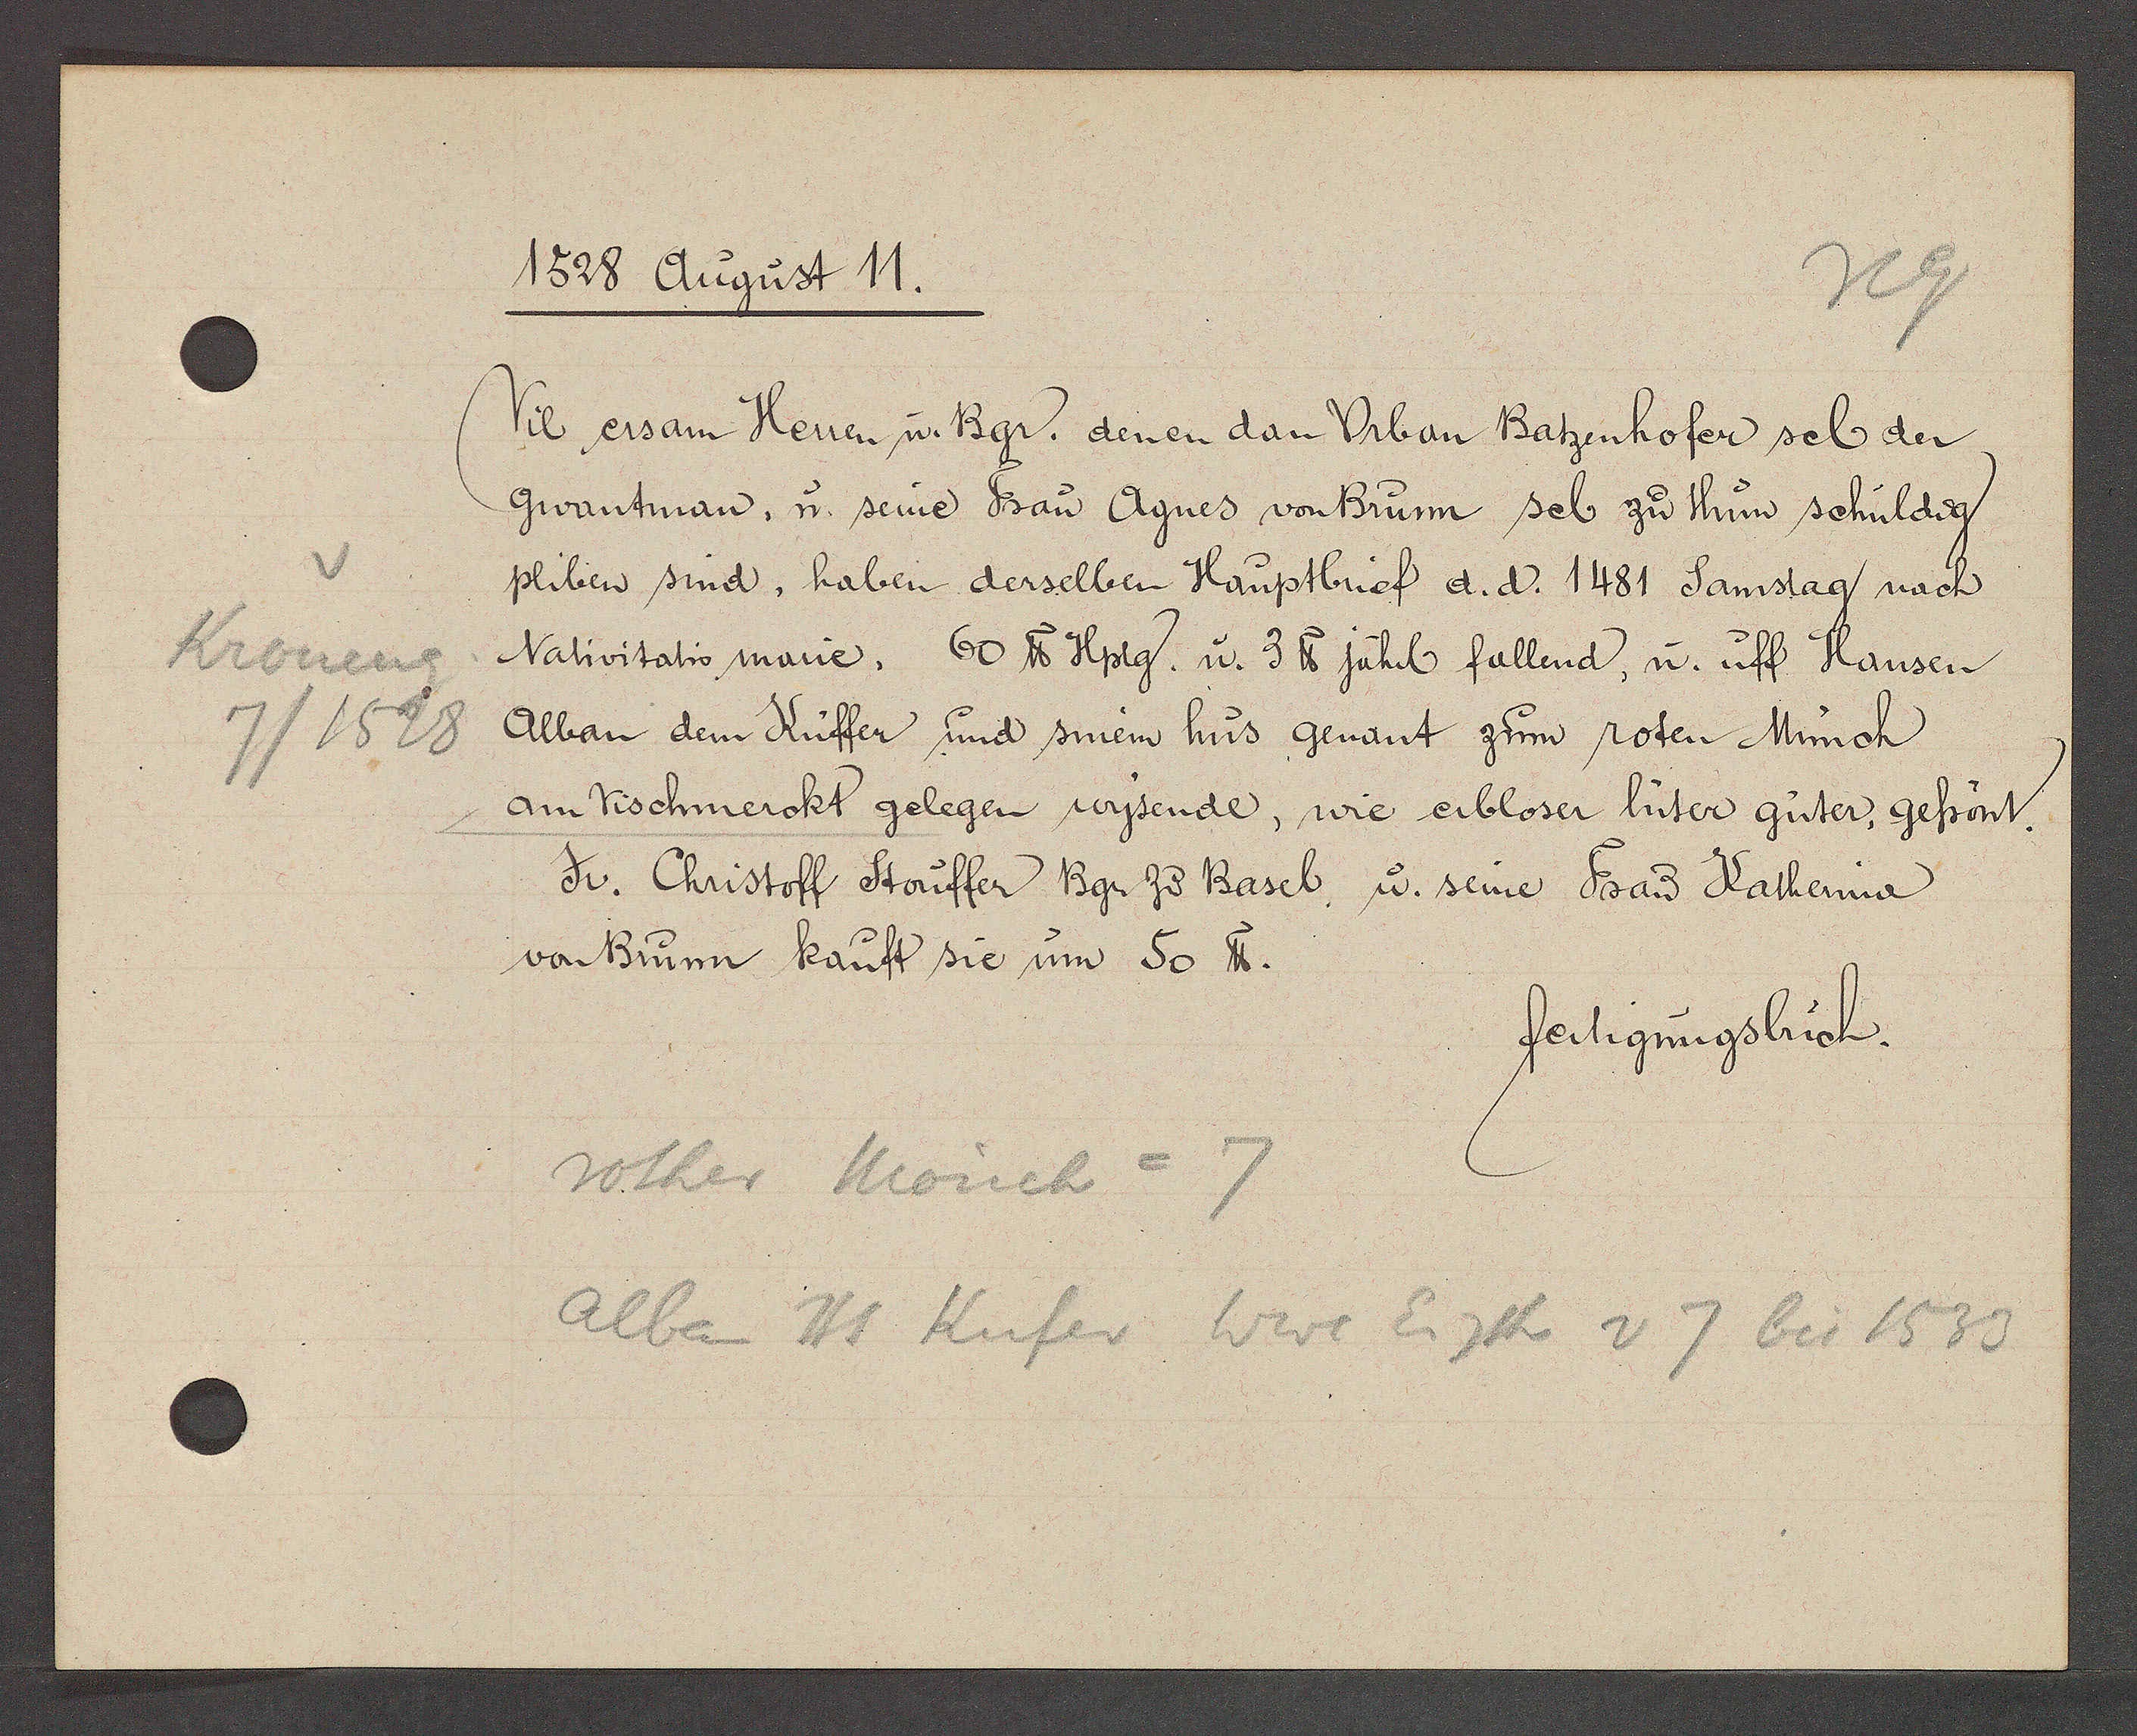
Transcript:
Kroneng
7/1528

1528 August 11.

Vil ersam Herren u. Bgr. denen dan Urban Batzenhofer sel der
Gwantman, u. seine Frau Agnes von Brunn sel. zu thun schuldig
pliben sind, haben derselben Hauptbrief d. d. 1481 Samstag nach
Nativitatio marie, 60 ℔ Hptg. u. 3 ℔ jährl fallend, u. uff Hansen
Alban dem Küffer und sinem hus genant zum roten Münch
am Vischmerckt gelegen wysende, wie erbloser lüter güter, gefrönt.
Jr. Christoff Stouffer Bgr zu Basel, u. seine Frau Katherina
von Brunn kauft sie um 50 ℔.

fertigungsbuch.

rother Mönch = 7
Alban Hs Kufer Wwe Eigth v 7 bis 1533